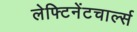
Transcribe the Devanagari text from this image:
लेफ्टिनेंटचार्ल्स